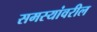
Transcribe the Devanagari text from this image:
समस्यांवरील